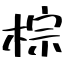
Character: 棕